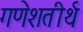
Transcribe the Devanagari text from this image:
गणेशतीर्थ